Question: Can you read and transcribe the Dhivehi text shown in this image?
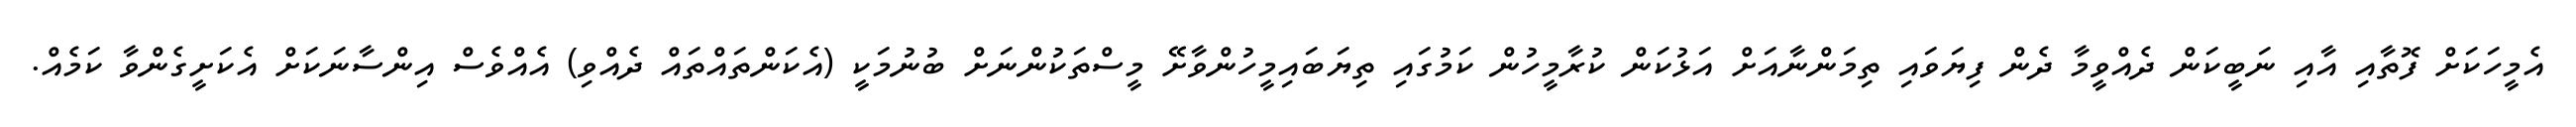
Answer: އެމީހަކަށް ފޮތާއި އާއި ނަބީކަން ދެއްވީމާ ދެން ފިޔަވައި ތިމަންނާއަށް އަޅުކަން ކުރާމީހުން ކަމުގައި ތިޔަބައިމީހުންވާށޭ މީސްތަކުންނަށް ބުނުމަކީ (އެކަންތައްތައް ދެއްވި) އެއްވެސް އިންސާނަކަށް އެކަށީގެންވާ ކަމެއް.